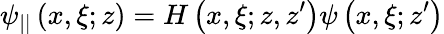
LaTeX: \psi_{||}\left(x,\xi;z\right)=H\left(x,\xi;z,z^{\prime}\right)\psi\left(x,\xi;z^{\prime}\right)